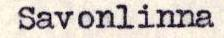
Savonlinna